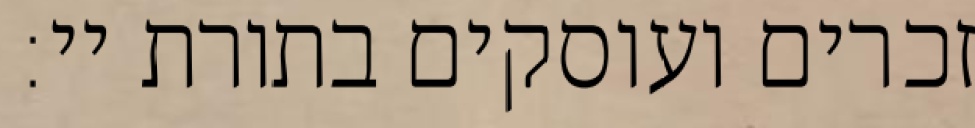
זכרים ועוסקים בתורת יי: